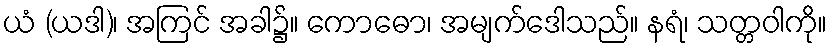
ယံ (ယဒါ)၊ အကြင် အခါ၌။ ကောဓော၊ အမျက်ဒေါသည်။ နရံ၊ သတ္တဝါကို။